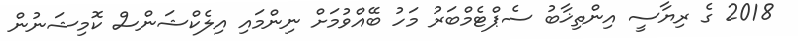
2018 ގެ ރިޔާސީ އިންތިޚާބު ސެޕްޓެމްބަރު މަހު ބޭއްވުމަށް ނިންމައި އިލެކްޝަންސް ކޮމިޝަނުން